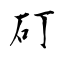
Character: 矴